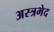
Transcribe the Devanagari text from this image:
अस्त्रभेद